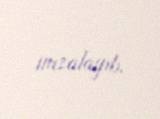
imzalayıb.